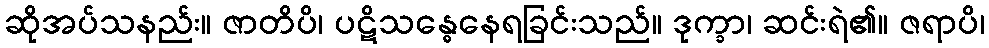
ဆိုအပ်သနည်း။ ဇာတိပိ၊ ပဋိသန္ဓေနေရခြင်းသည်။ ဒုက္ခာ၊ ဆင်းရဲ၏။ ဇရာပိ၊